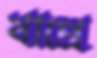
খাপ্রে